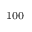
^ \mathrm { 1 0 0 }